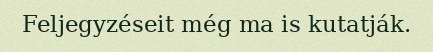
Feljegyzéseit még ma is kutatják.